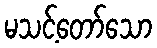
မသင့်တော်သော